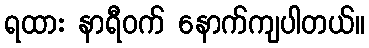
ရထား နာရီဝက် နောက်ကျပါတယ်။